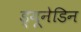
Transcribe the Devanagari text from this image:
ड्यूनेडिन